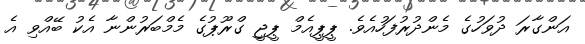
އަންގާރަ ދުވަހުގެ މެންދުރުފަހުއެވެ. ޕީޕީއެމް ޕީޖީ ގްރޫޕުގެ މެމްބަރުންނާ އެކު ބޭއްވި އެ